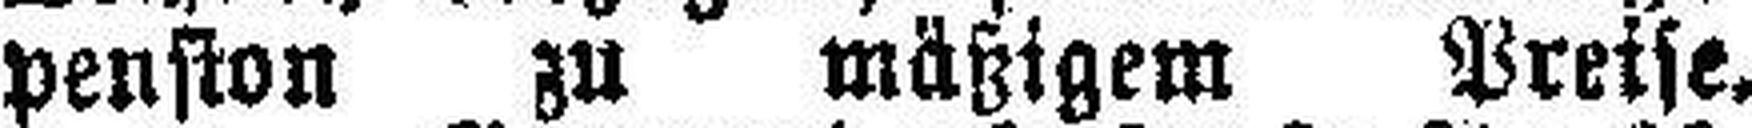
pension zu mäßigem Preise.